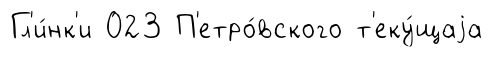
Гл'и́нк'и 023 П'етро́вского т'еку́щаjа